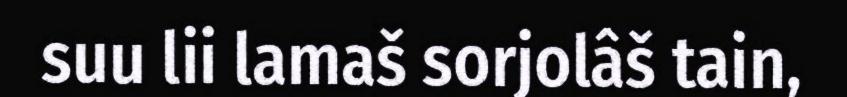
suu lii lamaš sorjolâš tain,